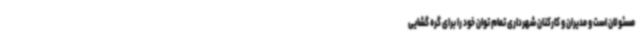
مسئولان است و مدیران و کارکنان شهرداری تمام توان خود را برای گره گشایی